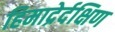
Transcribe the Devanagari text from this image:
हिमाद्रेर्दक्षिण